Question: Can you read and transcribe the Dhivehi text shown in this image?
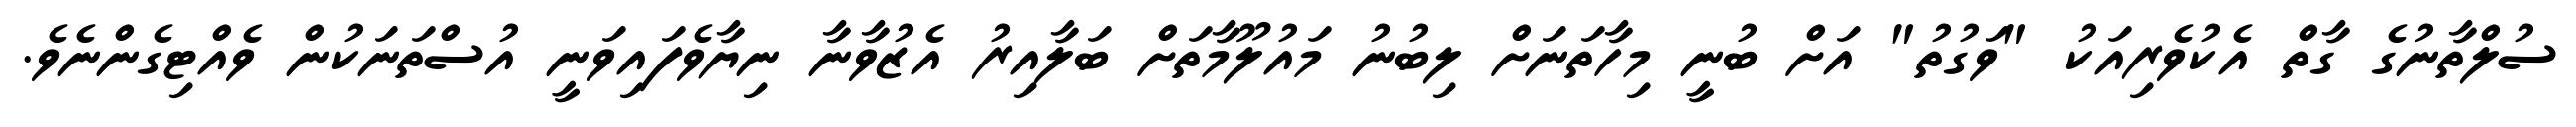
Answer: ސުލްތާނުގެ ގާތް އެކުވެރިއަކު "ވަގުތު" އަށް ބުނީ މިހާތަނަށް ލިބުނު މައުލޫމާތަށް ބަލާއިރު އެޒުވާނާ ނިޔާވެފައިވަނީ އުސްތަނަކުން ވެއްޓިގެންނެވެ.